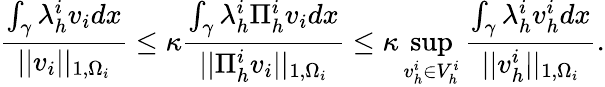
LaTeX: \frac{\int_{\gamma}\lambda_{h}^{i}v_{i}dx}{||v_{i}||_{1,\Omega_{i}}}\leq\kappa\frac{\int_{\gamma}\lambda_{h}^{i}\Pi_{h}^{i}v_{i}dx}{||\Pi_{h}^{i}v_{i}||_{1,\Omega_{i}}}\leq\kappa\operatorname*{sup}_{v_{h}^{i}\in V_{h}^{i}}\frac{\int_{\gamma}\lambda_{h}^{i}v_{h}^{i}dx}{||v_{h}^{i}||_{1,\Omega_{i}}}.